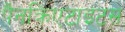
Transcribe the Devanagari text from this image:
पैनक्रिएटाइटस